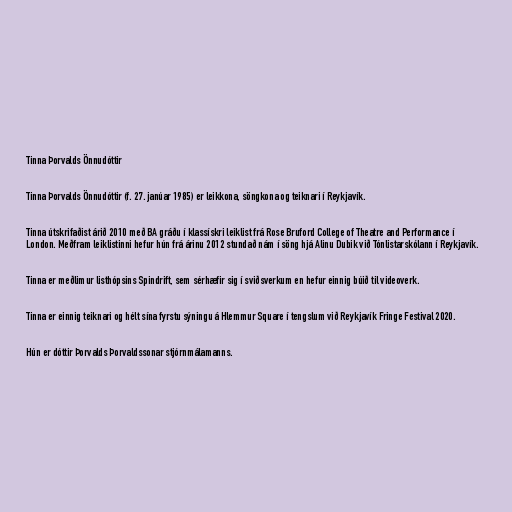
Tinna Þorvalds Önnudóttir

Tinna Þorvalds Önnudóttir (f. 27. janúar 1985) er leikkona, söngkona og teiknari í Reykjavík.

Tinna útskrifaðist árið 2010 með BA gráðu í klassískri leiklist frá Rose Bruford College of Theatre and Performance í
London. Meðfram leiklistinni hefur hún frá árinu 2012 stundað nám í söng hjá Alinu Dubik við Tónlistarskólann í Reykjavík.

Tinna er meðlimur listhópsins Spindrift, sem sérhæfir sig í sviðsverkum en hefur einnig búið til videoverk.

Tinna er einnig teiknari og hélt sína fyrstu sýningu á Hlemmur Square í tengslum við Reykjavík Fringe Festival 2020.

Hún er dóttir Þorvalds Þorvaldssonar stjórnmálamanns.